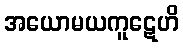
အယောမယကူဋေဟိ